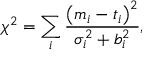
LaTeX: \chi ^ { 2 } = \sum _ { i } \frac { \left( m _ { i } - t _ { i } \right) ^ { 2 } } { \sigma _ { i } ^ { 2 } + b _ { i } ^ { 2 } } ,